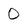
Character: 0